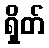
ရှိတ်